Report of the Imperial Institute of Veterinary Research, Muktesar
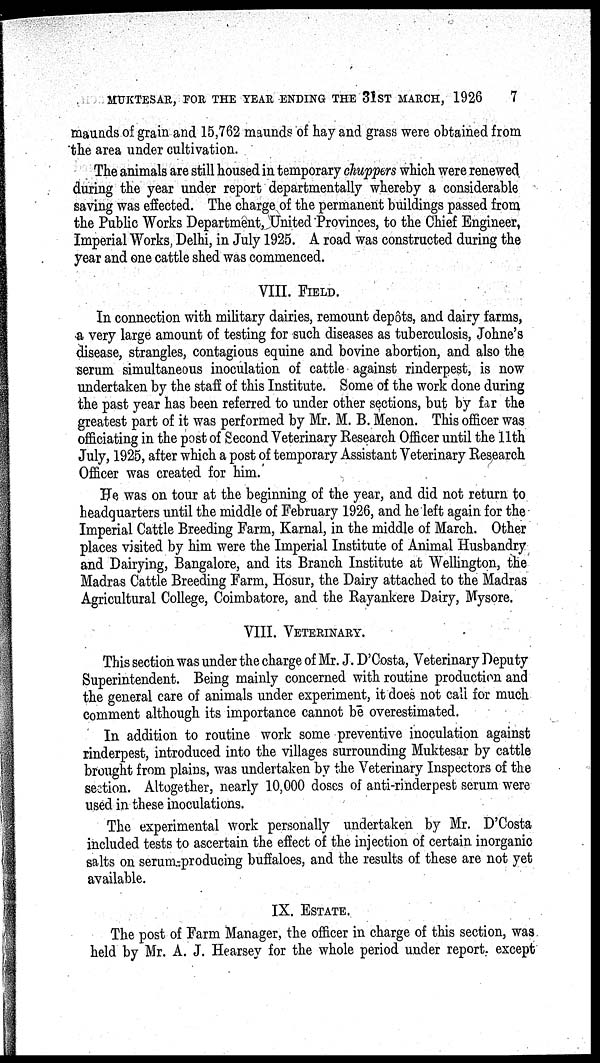
MUKTESAR, FOR THE YEAR ENDING THE 31ST MARCH, 1926
7
maunds of grain and 15,762 maunds of hay and grass were obtained from
the area under cultivation.
The animals are still housed in temporary chuppers which were renewed,
during the year under report departmentally whereby a considerable
saving was effected. The charge of the permanent buildings passed from
the Public Works Department, United Provinces, to the Chief Engineer,
Imperial Works, Delhi, in July 1925. A road was constructed during the
year and one cattle shed was commenced.
VIII. FIELD.
In connection with military dairies, remount depôts, and dairy farms,
a very large amount of testing for such diseases as tuberculosis, Johne's
disease, strangles, contagious equine and bovine abortion, and also the
serum simultaneous inoculation of cattle against rinderpest, is now
undertaken by the staff of this Institute. Some of the work done during
the past year has been referred to under other sections, but by far the
greatest part of it was performed by Mr. M. B. Menon. This officer was
officiating in the post of Second Veterinary Research Officer until the 11th
July, 1925, after which a post of temporary Assistant Veterinary Research
Officer was created for him.
He was on tour at the beginning of the year, and did not return to
headquarters until the middle of February 1926, and he left again for the
Imperial Cattle Breeding Farm, Karnal, in the middle of March. Other
places visited by him were the Imperial Institute of Animal Husbandry
and Dairying, Bangalore, and its Branch Institute at Wellington, the
Madras Cattle Breeding Farm, Hosur, the Dairy attached to the Madras
Agricultural College, Coimbatore, and the Rayankere Dairy, Mysore.
VIII. VETERINARY.
This section was under the charge of Mr. J. D'Costa, Veterinary Deputy
Superintendent. Being mainly concerned with routine production and
the general care of animals under experiment, it does not call for much
comment although its importance cannot be overestimated.
In addition to routine work some preventive inoculation against
rinderpest, introduced into the villages surrounding Muktesar by cattle
brought from plains, was undertaken by the Veterinary Inspectors of the
section. Altogether, nearly 10,000 doses of anti-rinderpest serum were
used in these inoculations.
The experimental work personally undertaken by Mr. D'Costa
included tests to ascertain the effect of the injection of certain inorganic
salts on serum-producing buffaloes, and the results of these are not yet
available.
IX. ESTATE.
The post of Farm Manager, the officer in charge of this section, was
held by Mr. A. J. Hearsey for the whole period under report., except